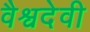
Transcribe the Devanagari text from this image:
वैश्वदेवी